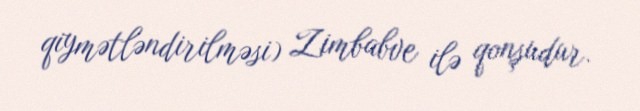
qiymətləndirilməsi) Zimbabve ilə qonşudur.